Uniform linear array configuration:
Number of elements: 16
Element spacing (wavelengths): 0.5
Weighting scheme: hamming
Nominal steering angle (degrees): -30
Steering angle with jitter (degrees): -28.007
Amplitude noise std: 0.05
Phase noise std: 0.05

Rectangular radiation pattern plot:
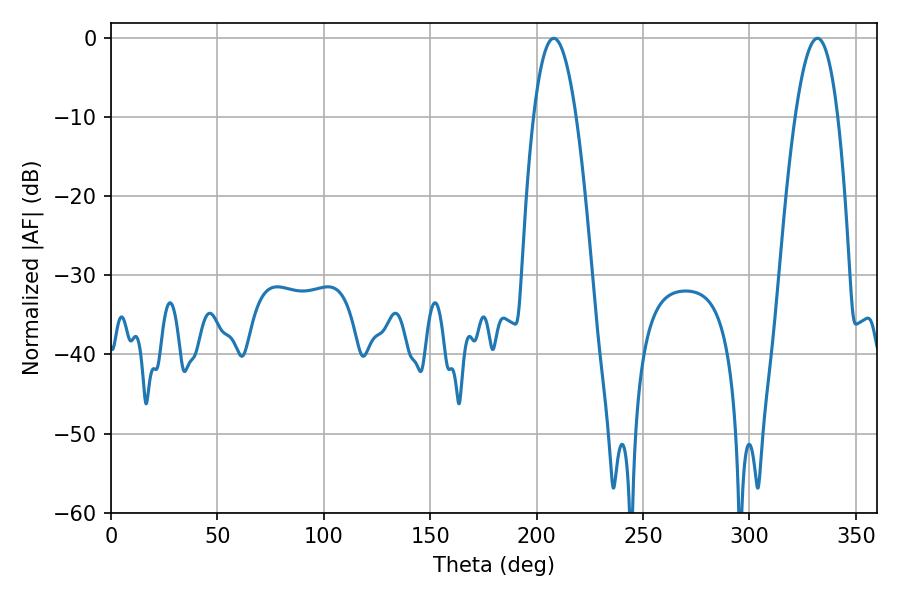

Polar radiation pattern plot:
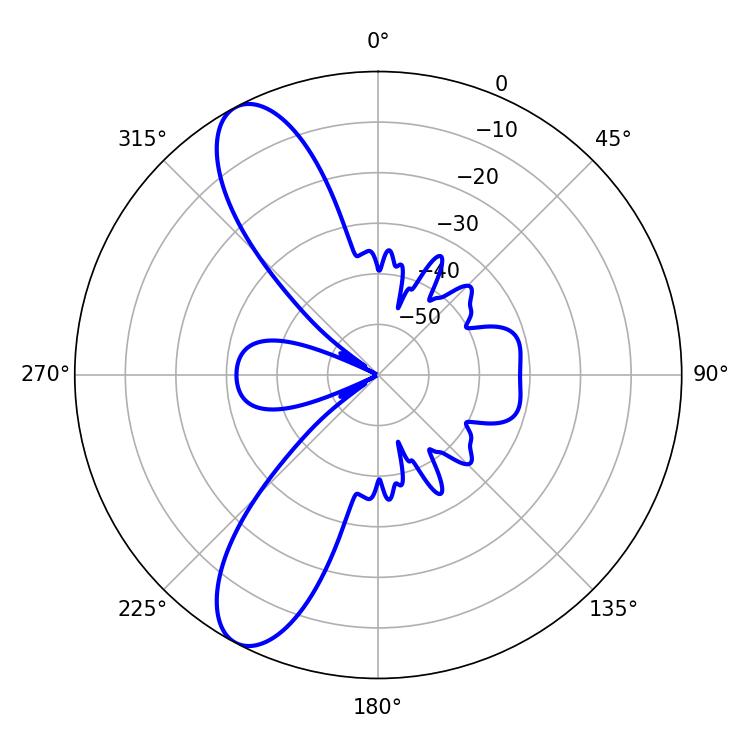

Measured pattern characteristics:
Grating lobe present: FALSE
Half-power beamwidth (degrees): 10.98
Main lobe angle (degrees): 208.08